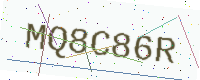
Text: MQ8C86R